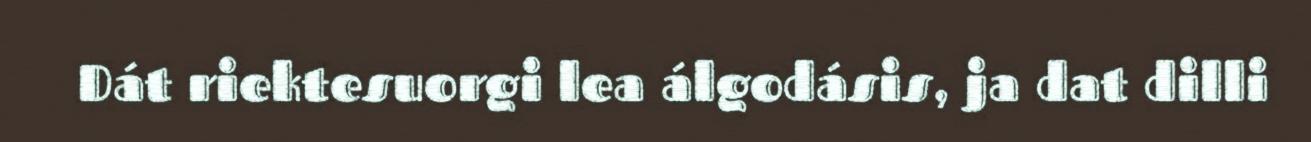
Dát riektesuorgi lea álgodásis, ja dat dilli